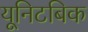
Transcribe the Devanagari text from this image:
यूनिटबिक